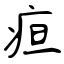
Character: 疸